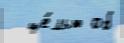
  це́лью об